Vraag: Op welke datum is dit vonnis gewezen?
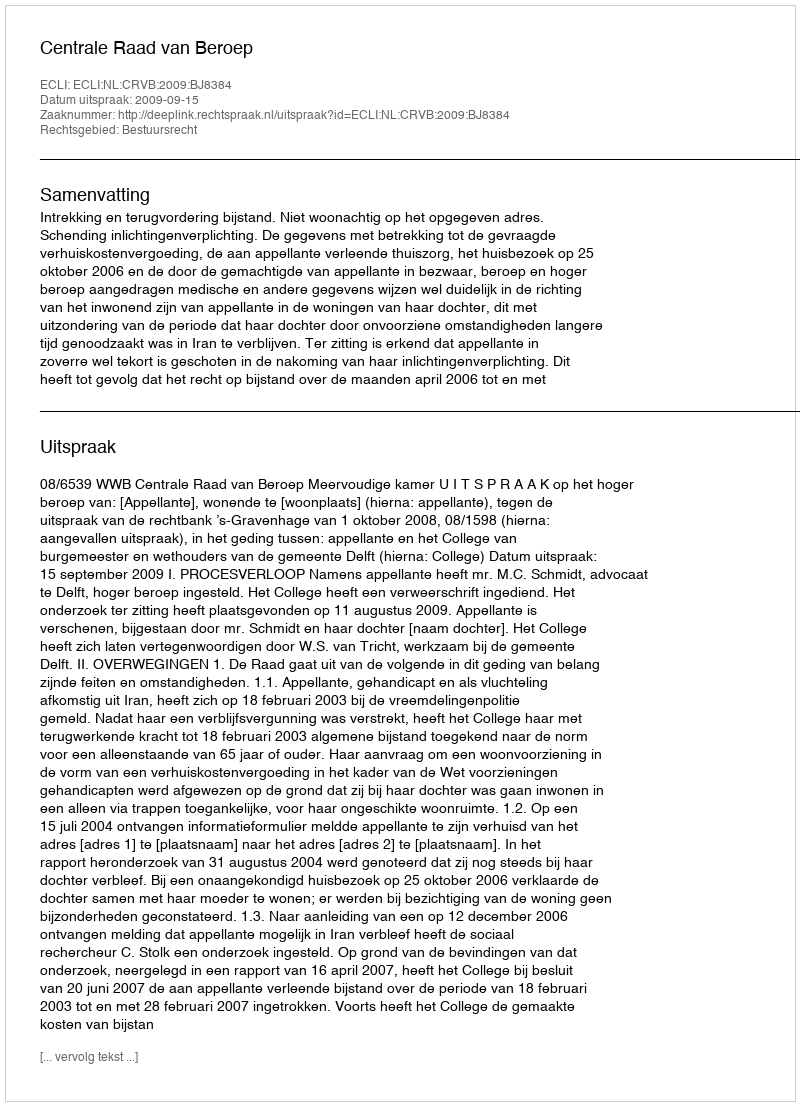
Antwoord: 2009-09-15